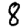
Digit: 8